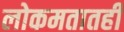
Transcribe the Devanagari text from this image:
लोकमतातही